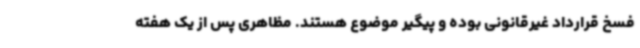
فسخ قرارداد غیرقانونی بوده و پیگیر موضوع هستند. مظاهری پس از یک هفته